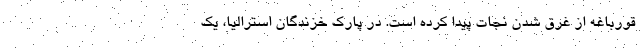
قورباغه از غرق شدن نجات پیدا کرده است. در پارک خزندگان استرالیا، یک